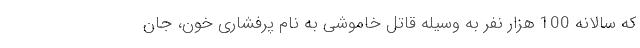
که سالانه 100 هزار نفر به وسیله قاتل خاموشی به نام پرفشاری خون، جان